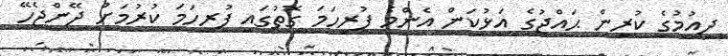
ދިއުމުގެ ކުރިން ޙައްޖުގެ އަޅުކަން އެންމެ ފުރިހަމަ ގޮތުގައި ފުރިހަމަ ކުރުމަށް ދޭންޖެހޭ